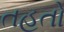
તહતો